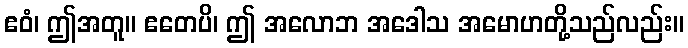
ဧဝံ၊ ဤအတူ။ ဧတေပိ၊ ဤ အလောဘ အဒေါသ အမောဟတို့သည်လည်း။